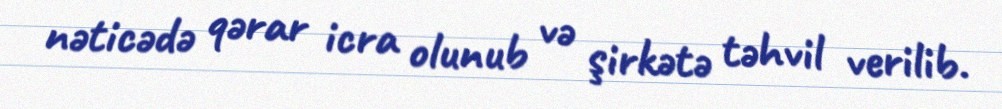
nəticədə qərar icra olunub və şirkətə təhvil verilib.